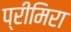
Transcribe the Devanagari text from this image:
प्रीमिरा